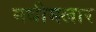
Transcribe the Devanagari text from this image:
मधीमलार